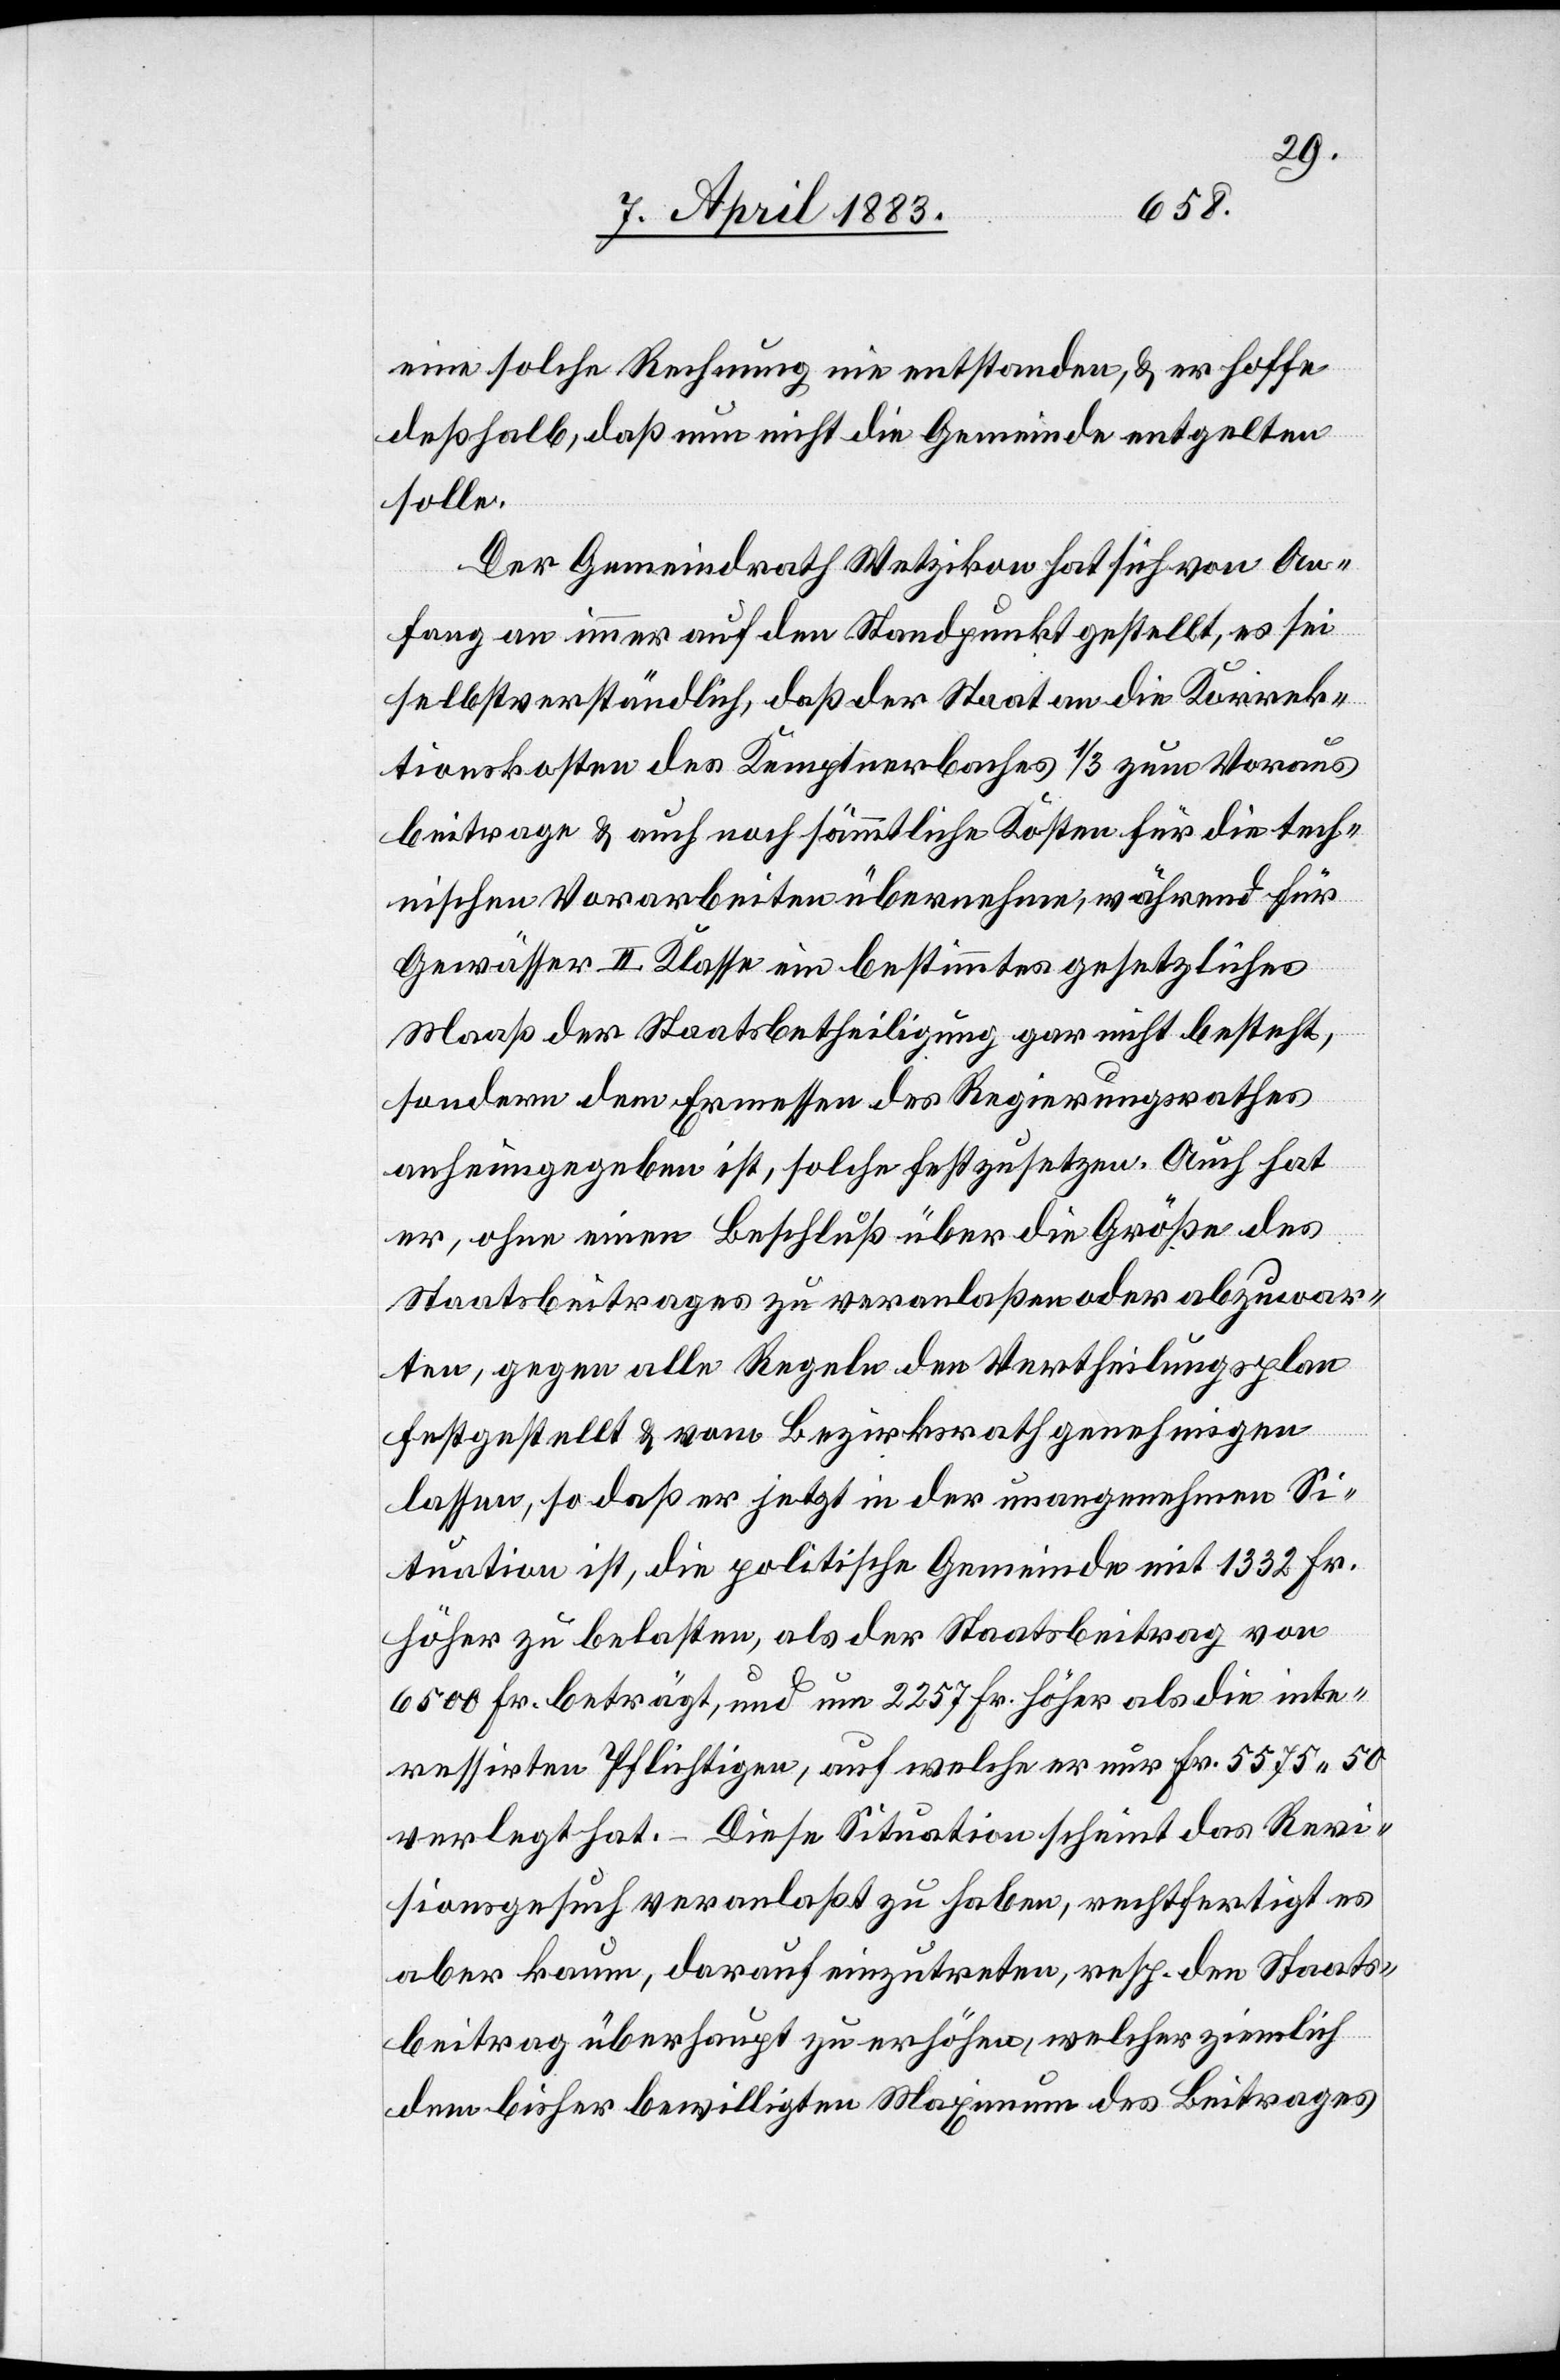
eine solche Rechnung nie entstanden, & er hoffe
deßhalb, daß nun nicht die Gemeinde entgelten
solle.
Der Gemeindrath Wetzikon hat sich von An¬
fang an immer auf den Standpunkt gestellt, es sei
selbstverständlich, daß der Staat an die Korrek¬
tionskosten des Kemptnerbaches 1/3 zum Voraus
beitrage & auch noch sämmtliche Kosten für die tech¬
nischen Vorarbeiten übernehmen, während für
Gewässer II. Klasse ein bestimmtes gesetzliches
Maaß der Staatsbetheiligung gar nicht besteht,
sondern dem Ermessen des Regierungsrathes
anheimgegeben ist, solche festzusetzen. Auch hat
er, ohne einen Beschluß über die Größe des
Staatsbeitrages zu veranlaßen oder abzuwar¬
ten, gegen alle Regeln den Vertheilungsplan
festgestellt & vom Bezirksrath genehmigen
lassen, so daß er jetzt in der unangenehmen Si¬
tuation ist, die politische Gemeinde mit 1332 Fr.
höher zu belasten, als der Staatsbeitrag von
6500 Fr. beträgt, und um 2257 Fr. höher als die inte¬
ressierten Pflichtigen, auf welche er nur Fr. 5575 50
verlegt hat. – Diese Situation scheint das Revi¬
sionsgesuch veranlaßt zu haben, rechtfertigt es
aber kaum, darauf einzutreten, resp. den Staats¬
beitrag überhaupt zu erhöhen, welcher ziemlich
dem bisher bewilligten Maximum des Beitrages